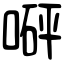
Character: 𠹶